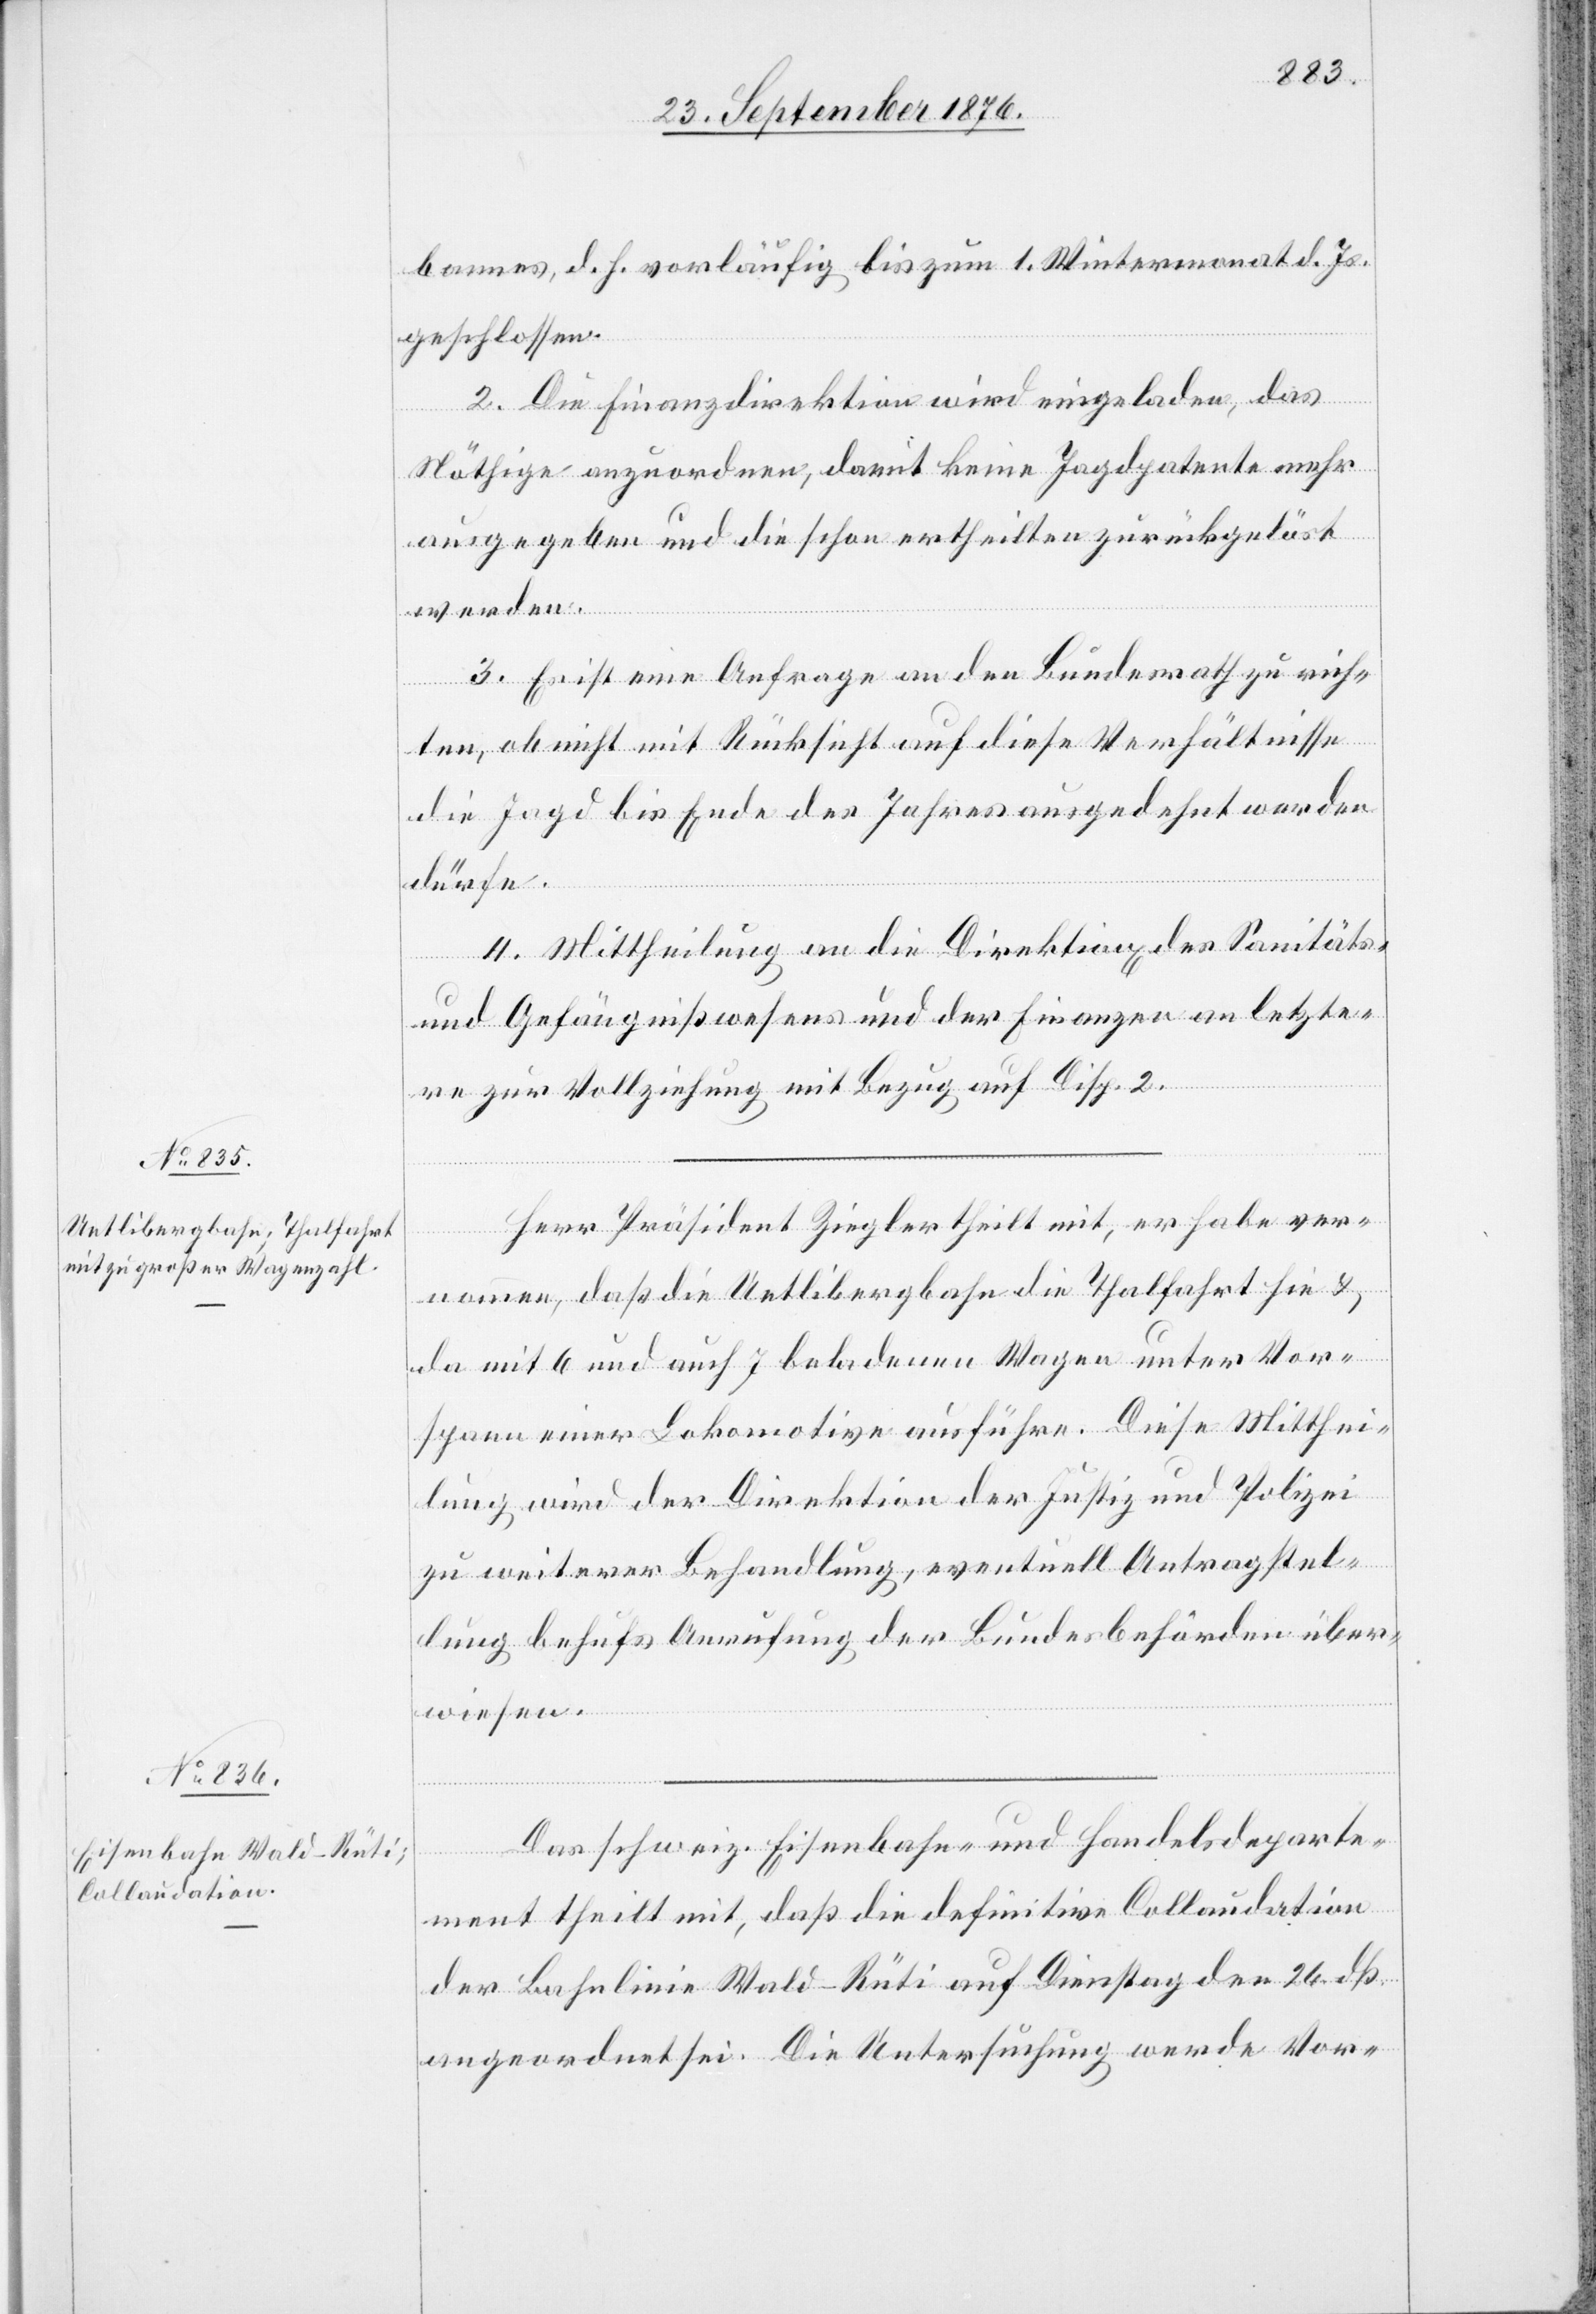
bannes, d. h. vorläufig bis zum 1. Wintermonat d. Js.
geschlossen.
2. Die Finanzdirektion wird eingeladen, das
Nöthige anzuordnen, damit keine Jagdpatente mehr
ausgegeben und die schon ertheilten zurückgelöst
werden.
3. Es ist eine Anfrage an den Bundesrath zu rich¬
ten, ob nicht mit Rücksicht auf diese Verhältnisse
die Jagd bis Ende des Jahres ausgedehnt werden
dürfe.
4. Mittheilung an die Direktionen des Sanitäts-
und Gefängnißwesens und der Finanzen an letzte¬
re zur Vollziehung mit Bezug auf Disp. 2.
Herr Präsident Ziegler theilt mit, er habe ver¬
nommen, daß die Uetlibergbahn die Thalfahrt hin &
da mit 6 und auf 7 beladenen Wagen unter Vor¬
spann einer Lokomotive ausführe. Diese Mitthei¬
lung wird der Direktion der Justiz und Polizei
zu weiterer Behandlung, eventuell Antragstel¬
lung behufs Anrufung der Bundesbehörden über¬
wiesen.
Das schweiz. Eisenbahn- und Handelsdeparte¬
ment theilt mit, daß die definitive Collaudation
der Bahnlinie Wald–Rüti auf Dienstag den 26. dß.
angeordnet sei. Die Untersuchung werde Vor-